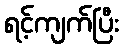
ရင့်ကျက်ပြီး